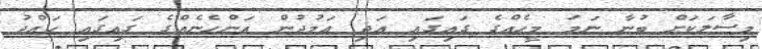
މިސާލަކަށް ބުނާ ނަމަ މީހެއްގެ ގައިގައި އަދި އަމުދުން އަންހެނެއްގެ ގައިގައި ހައްދު